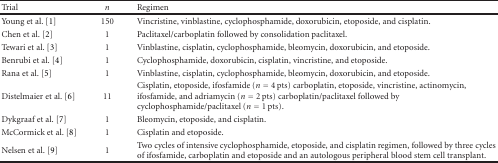
| Trial | n | Regimen |
 | --- | --- | --- |
 | Young et al. [1] | 150 | Vincristine, vinblastine, cyclophosphamide, doxorubicin, etoposide, and cisplatin. |
 | Chen et al. [2] | 1 | Paclitaxel/carboplatin followed by consolidation paclitaxel. |
 | Tewari et al. [3] | 1 | Vinblastine, cisplatin, cyclophosphamide, bleomycin, doxorubicin, and etoposide. |
 | Benrubi et al. [4] | 1 | Cyclophosphamide, doxorubicin, cisplatin, vincristine, and etoposide. |
 | Rana et al. [5] | 1 | Vinblastine, cisplatin, cyclophosphamide, bleomycin, doxorubicin, and etoposide. |
 | Distelmaier et al. [6] | 11 | Cisplatin, etoposide, ifosfamide (n = 4 pts) carboplatin, etoposide, vincristine, actinomycin, ifosfamide, and adriamycin (n = 2 pts) carboplatin/paclitaxel followed by cyclophosphamide/paclitaxel (n = 1 pts). |
 | Dykgraaf et al. [7] | 1 | Bleomycin, etoposide, and cisplatin. |
 | McCormick et al. [8] | 1 | Cisplatin and etoposide. |
 | Nelsen et al. [9] | 1 | Two cycles of intensive cyclophosphamide, etoposide, and cisplatin regimen, followed by three cycles of ifosfamide, carboplatin and etoposide and an autologous peripheral blood stem cell transplant. |